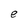
Character: e